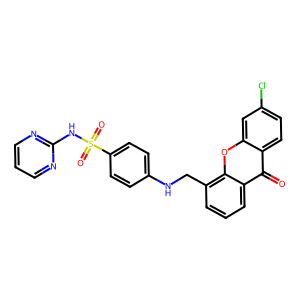
SMILES: O=c1c2ccc(Cl)cc2oc2c(CNc3ccc(S(=O)(=O)Nc4ncccn4)cc3)cccc12
Inhibits HIV replication: No